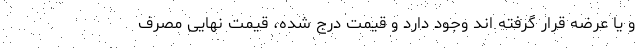
و یا عرضه قرار گرفته اند وجود دارد و قیمت درج شده، قیمت نهایی مصرف